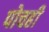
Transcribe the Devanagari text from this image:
पोचही